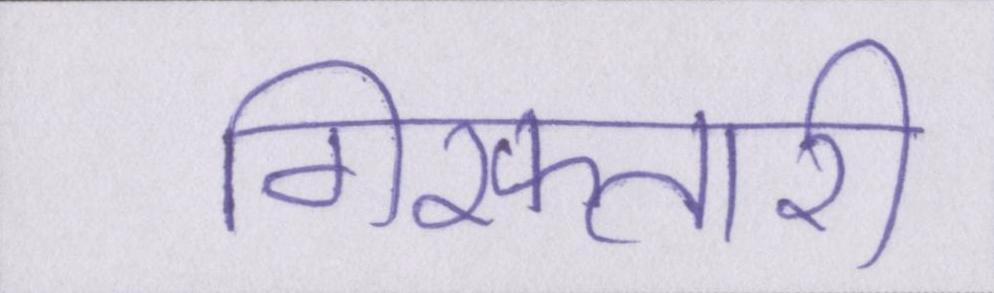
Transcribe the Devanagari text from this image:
गिरफ्तारी